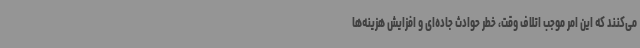
می‌کنند که این امر موجب اتلاف وقت، خطر حوادث جاده‌ای و افزایش هزینه‌ها